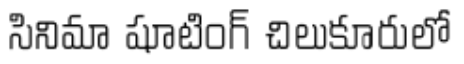
సినిమా షూటింగ్ చిలుకూరులో